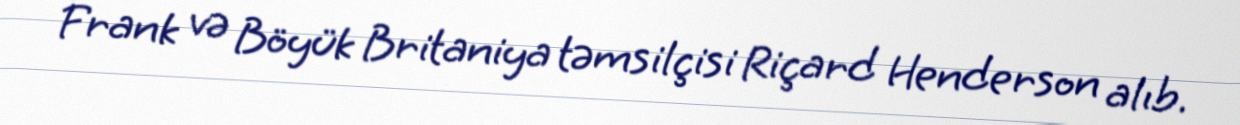
Frank və Böyük Britaniya təmsilçisi Riçard Henderson alıb.